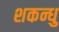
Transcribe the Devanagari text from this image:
शकन्धु